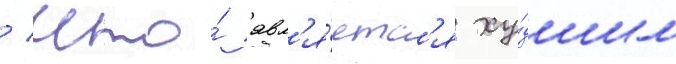
/ что́ явл'я́етс'я ху́дшим